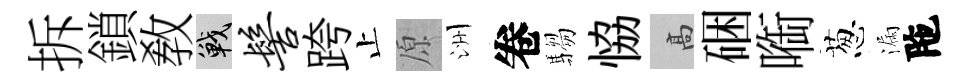
拆鎖敎戰髻跨止原洲卷騶恊高硱㗸葱漏陁